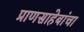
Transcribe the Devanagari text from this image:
प्राणसाहेबांचा